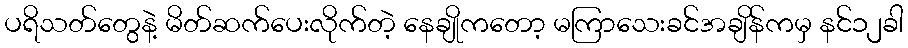
ပရိသတ်တွေနဲ့ မိတ်ဆက်ပေးလိုက်တဲ့ နေချိုကတော့ မကြာသေးခင်အချိန်ကမှ နင်၁၂ခါ